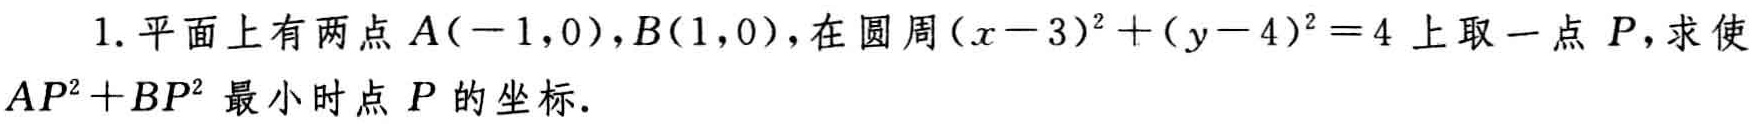
1. 平面上有两点\(A(-1,0)\)，\(B(1,0)\)，在圆周\((x - 3)^{2}+(y - 4)^{2}=4\)上取一点\(P\)，求使\(AP^{2}+BP^{2}\)最小时点\(P\)的坐标.